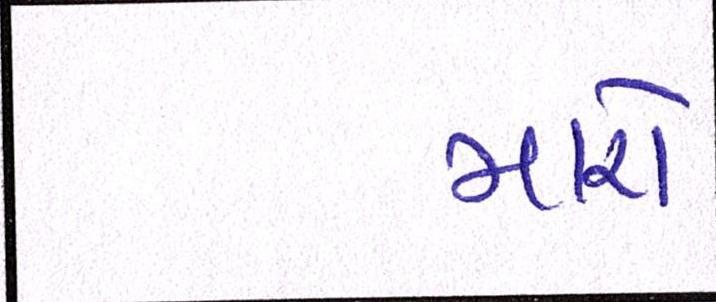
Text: મારો